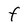
Character: F